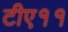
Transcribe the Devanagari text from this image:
टीए११